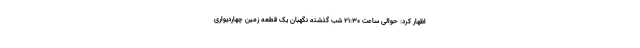
اظهار کرد: حوالی ساعت 21:30 شب گذشته نگهبان یک قطعه زمین چهاردیواری